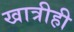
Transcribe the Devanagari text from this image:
खात्रीही